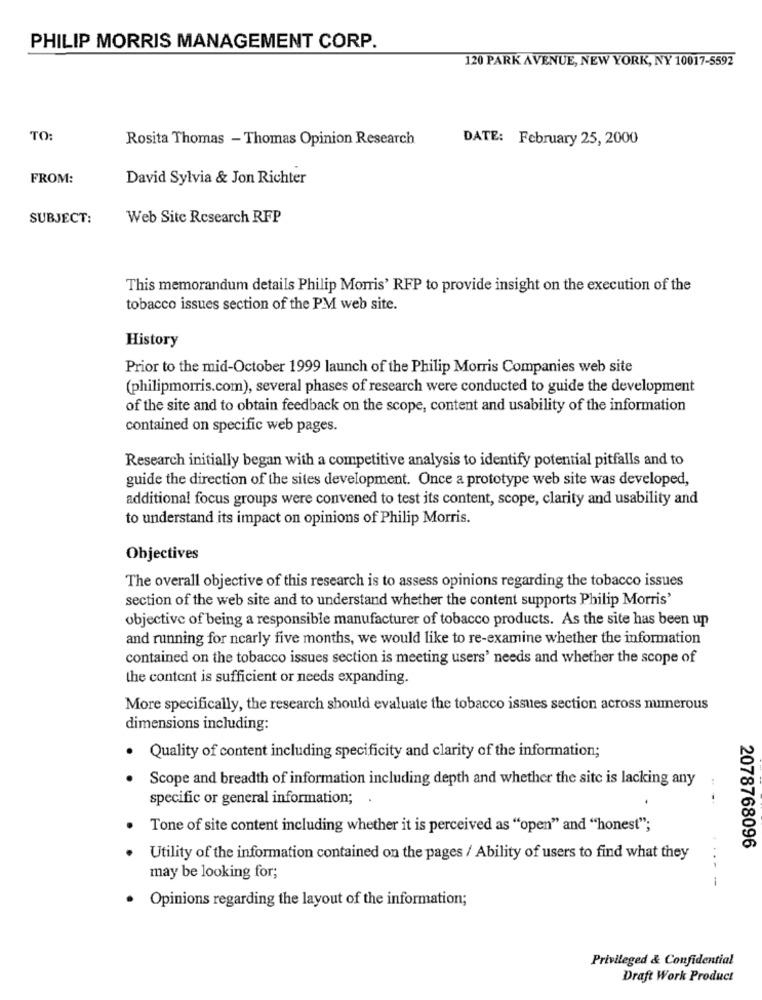
PHILIP MORRIS MANAGEMENT CORP.
120 PARK AVENUE, NEW YORK, NY 10017-5592
TO:
Rosita Thomas - Thomas Opinion Research
DATE: February 25, 2000
FROM:
David Sylvia & Jon Richter
SUBJECT:
Web Site Research RFP
This memorandum details Philip Morris' RFP to provide insight on the execution of the
tobacco issues section of the PM web site.
History
Prior to the mid-October 1999 launch of the Philip Morris Companies web site
(philipmorris.com), several phases of research were conducted to guide the development
of the site and to obtain feedback on the scope, content and usability of the information
contained on specific web pages.
Research initially began with a competitive analysis to identify potential pitfalls and to
guide the direction of the sites development. Once a prototype web site was developed,
additional focus groups were convened to test its content, scope, clarity and usability and
to understand its impact on opinions of Philip Morris.
Objectives
The overall objective of this research is to assess opinions regarding the tobacco issues
section of the web site and to understand whether the content supports Philip Morris'
objective of being a responsible manufacturer of tobacco products. As the site has been up
and running for nearly five months, we would like to re-examine whether the information
contained on the tobacco issues section is meeting users' needs and whether the scope of
the content is sufficient or needs expanding.
More specifically, the research should evaluate the tobacco issues section across numerous
dimensions including:
. Quality of content including specificity and clarity of the information;
Scope and breadth of information including depth and whether the site is lacking any
specific or general information;
Tone of site content including whether it is perceived as "open" and "honest";
2078768096
Utility of the information contained on the pages / Ability of users to find what they
may be looking for;
---
· Opinions regarding the layout of the information;
Privileged & Confidential
Draft Work Product